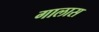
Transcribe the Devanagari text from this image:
गालास